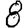
Digit: 8